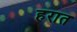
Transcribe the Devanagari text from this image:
हरात